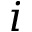
i